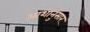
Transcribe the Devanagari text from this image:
आशानुसार